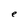
Character: e